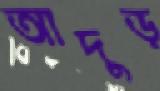
আদুড়